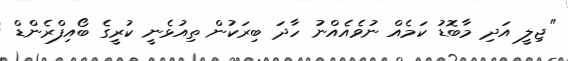
"ޖިލީ އަދި މާބޮޑު ކަމެއް ނުވެއެއްނު ހާދަ ބިރަކުން ތިއުޅެނީ ކުރީގެ ބޯއިފްރެންޑް